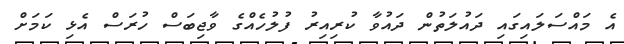
އެ މައްސަލައިގައި ދައުލަތުން ދައުވާ ކުރިއިރު ފުލުހެއްގެ ވާޖިބަސް ހުރަސް އެޅި ކަމަށް